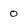
Character: 0